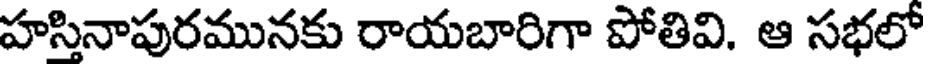
హసినాపురమునకు రాయబారిగా పోతివి. ఆ సభలో